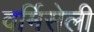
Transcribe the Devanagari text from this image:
वर्मिसेली